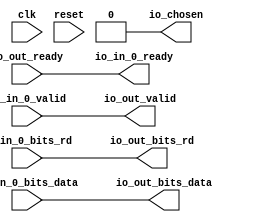
module RRArbiter_0
(
  clk,
  reset,
  io_in_0_ready,
  io_in_0_valid,
  io_in_0_bits_rd,
  io_in_0_bits_data,
  io_out_ready,
  io_out_valid,
  io_out_bits_rd,
  io_out_bits_data,
  io_chosen
);

  input [4:0] io_in_0_bits_rd;
  input [63:0] io_in_0_bits_data;
  output [4:0] io_out_bits_rd;
  output [63:0] io_out_bits_data;
  input clk;
  input reset;
  input io_in_0_valid;
  input io_out_ready;
  output io_in_0_ready;
  output io_out_valid;
  output io_chosen;
  wire [4:0] io_out_bits_rd;
  wire [63:0] io_out_bits_data;
  wire io_in_0_ready,io_out_valid,io_chosen,N0,N1,N2,io_in_0_valid,T1,T7,T2,T3,T4,T6,
  N3,N4,N5,N6,N7;
  reg last_grant;
  assign io_chosen = 1'b0;
  assign io_out_valid = io_in_0_valid;
  assign io_out_bits_rd[4] = io_in_0_bits_rd[4];
  assign io_out_bits_rd[3] = io_in_0_bits_rd[3];
  assign io_out_bits_rd[2] = io_in_0_bits_rd[2];
  assign io_out_bits_rd[1] = io_in_0_bits_rd[1];
  assign io_out_bits_rd[0] = io_in_0_bits_rd[0];
  assign io_out_bits_data[63] = io_in_0_bits_data[63];
  assign io_out_bits_data[62] = io_in_0_bits_data[62];
  assign io_out_bits_data[61] = io_in_0_bits_data[61];
  assign io_out_bits_data[60] = io_in_0_bits_data[60];
  assign io_out_bits_data[59] = io_in_0_bits_data[59];
  assign io_out_bits_data[58] = io_in_0_bits_data[58];
  assign io_out_bits_data[57] = io_in_0_bits_data[57];
  assign io_out_bits_data[56] = io_in_0_bits_data[56];
  assign io_out_bits_data[55] = io_in_0_bits_data[55];
  assign io_out_bits_data[54] = io_in_0_bits_data[54];
  assign io_out_bits_data[53] = io_in_0_bits_data[53];
  assign io_out_bits_data[52] = io_in_0_bits_data[52];
  assign io_out_bits_data[51] = io_in_0_bits_data[51];
  assign io_out_bits_data[50] = io_in_0_bits_data[50];
  assign io_out_bits_data[49] = io_in_0_bits_data[49];
  assign io_out_bits_data[48] = io_in_0_bits_data[48];
  assign io_out_bits_data[47] = io_in_0_bits_data[47];
  assign io_out_bits_data[46] = io_in_0_bits_data[46];
  assign io_out_bits_data[45] = io_in_0_bits_data[45];
  assign io_out_bits_data[44] = io_in_0_bits_data[44];
  assign io_out_bits_data[43] = io_in_0_bits_data[43];
  assign io_out_bits_data[42] = io_in_0_bits_data[42];
  assign io_out_bits_data[41] = io_in_0_bits_data[41];
  assign io_out_bits_data[40] = io_in_0_bits_data[40];
  assign io_out_bits_data[39] = io_in_0_bits_data[39];
  assign io_out_bits_data[38] = io_in_0_bits_data[38];
  assign io_out_bits_data[37] = io_in_0_bits_data[37];
  assign io_out_bits_data[36] = io_in_0_bits_data[36];
  assign io_out_bits_data[35] = io_in_0_bits_data[35];
  assign io_out_bits_data[34] = io_in_0_bits_data[34];
  assign io_out_bits_data[33] = io_in_0_bits_data[33];
  assign io_out_bits_data[32] = io_in_0_bits_data[32];
  assign io_out_bits_data[31] = io_in_0_bits_data[31];
  assign io_out_bits_data[30] = io_in_0_bits_data[30];
  assign io_out_bits_data[29] = io_in_0_bits_data[29];
  assign io_out_bits_data[28] = io_in_0_bits_data[28];
  assign io_out_bits_data[27] = io_in_0_bits_data[27];
  assign io_out_bits_data[26] = io_in_0_bits_data[26];
  assign io_out_bits_data[25] = io_in_0_bits_data[25];
  assign io_out_bits_data[24] = io_in_0_bits_data[24];
  assign io_out_bits_data[23] = io_in_0_bits_data[23];
  assign io_out_bits_data[22] = io_in_0_bits_data[22];
  assign io_out_bits_data[21] = io_in_0_bits_data[21];
  assign io_out_bits_data[20] = io_in_0_bits_data[20];
  assign io_out_bits_data[19] = io_in_0_bits_data[19];
  assign io_out_bits_data[18] = io_in_0_bits_data[18];
  assign io_out_bits_data[17] = io_in_0_bits_data[17];
  assign io_out_bits_data[16] = io_in_0_bits_data[16];
  assign io_out_bits_data[15] = io_in_0_bits_data[15];
  assign io_out_bits_data[14] = io_in_0_bits_data[14];
  assign io_out_bits_data[13] = io_in_0_bits_data[13];
  assign io_out_bits_data[12] = io_in_0_bits_data[12];
  assign io_out_bits_data[11] = io_in_0_bits_data[11];
  assign io_out_bits_data[10] = io_in_0_bits_data[10];
  assign io_out_bits_data[9] = io_in_0_bits_data[9];
  assign io_out_bits_data[8] = io_in_0_bits_data[8];
  assign io_out_bits_data[7] = io_in_0_bits_data[7];
  assign io_out_bits_data[6] = io_in_0_bits_data[6];
  assign io_out_bits_data[5] = io_in_0_bits_data[5];
  assign io_out_bits_data[4] = io_in_0_bits_data[4];
  assign io_out_bits_data[3] = io_in_0_bits_data[3];
  assign io_out_bits_data[2] = io_in_0_bits_data[2];
  assign io_out_bits_data[1] = io_in_0_bits_data[1];
  assign io_out_bits_data[0] = io_in_0_bits_data[0];
  assign T4 = N0 & 1'b0;
  assign N0 = ~last_grant;
  assign T7 = N1 & 1'b0;
  assign N1 = ~last_grant;

  always @(posedge clk) begin
    if(N5) begin
      last_grant <= 1'b0;
    end 
  end

  assign N5 = (N2)? 1'b1 : 
              (N7)? 1'b1 : 
              (N4)? 1'b0 : 1'b0;
  assign N2 = reset;
  assign io_in_0_ready = T1 & io_out_ready;
  assign T1 = T7 | T2;
  assign T2 = ~T3;
  assign T3 = io_in_0_valid & T4;
  assign T6 = io_out_ready & io_in_0_valid;
  assign N3 = T6 | reset;
  assign N4 = ~N3;
  assign N6 = ~reset;
  assign N7 = T6 & N6;

endmodule